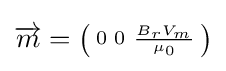
{\overrightarrow {m}}={\bigl (}{\begin{smallmatrix}0&0&{\frac {B_{r}V_{m}}{\mu _{0}}}\\\end{smallmatrix}}{\bigr )}